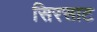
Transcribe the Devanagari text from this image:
सिरसाट